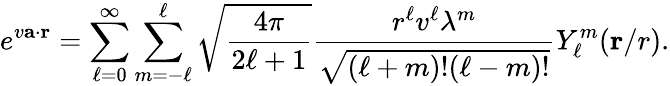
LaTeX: e^{v{\mathbf{a}}\cdot{\mathbf{r}}}=\sum_{\ell=0}^{\infty}\sum_{m=-\ell}^{\ell}{\sqrt{\frac{4\pi}{2\ell+1}}}{\frac{r^{\ell}v^{\ell}{\lambda^{m}}}{\sqrt{(\ell+m)!(\ell-m)!}}}Y_{\ell}^{m}(\mathbf{r}/r).